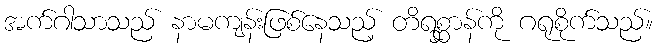
အက်ဂါသာသည် နာမကျန်းဖြစ်နေသည့် တိရစ္ဆာန်ကို ဂရုစိုက်သည်။